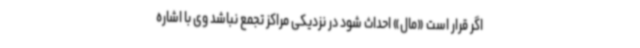
اگر قرار است «مال» احداث شود در نزدیکی مراکز تجمع نباشد وی با اشاره